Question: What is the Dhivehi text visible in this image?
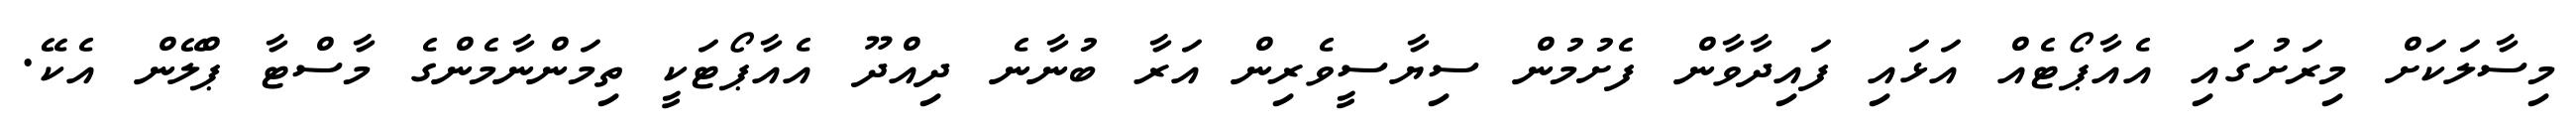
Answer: މިސާލަކަށް މިރަށުގައި އެއާޕޯޓެއް އަޅައި ފައިދާވާން ފެށުމުން ސިޔާސީވެރިން އަރާ ބުނާނެ ދިއްދޫ އެއާޕޯޓަކީ ތިމަންނާމެންގެ މާސްޓާ ޕްލޭން އެކޭ.